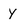
Character: y